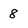
Character: 8